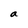
Character: a